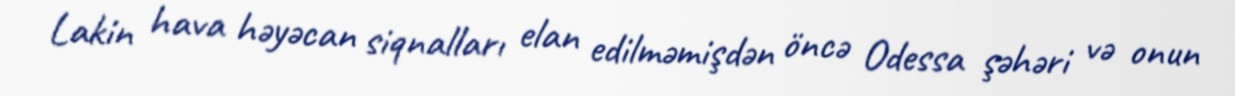
Lakin hava həyəcan siqnalları elan edilməmişdən öncə Odessa şəhəri və onun